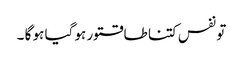
تو نفس کتنا طاقتور ہو گیا ہو گا ۔